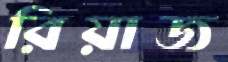
রিয়াজ